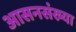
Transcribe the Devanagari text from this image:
आसनसंख्या